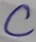
Text: C